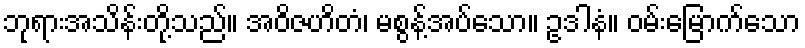
ဘုရားအသိန်းတို့သည်။ အဝိဇဟိတံ၊ မစွန့်အပ်သော။ ဥဒါနံ။ ဝမ်းမြောက်သော